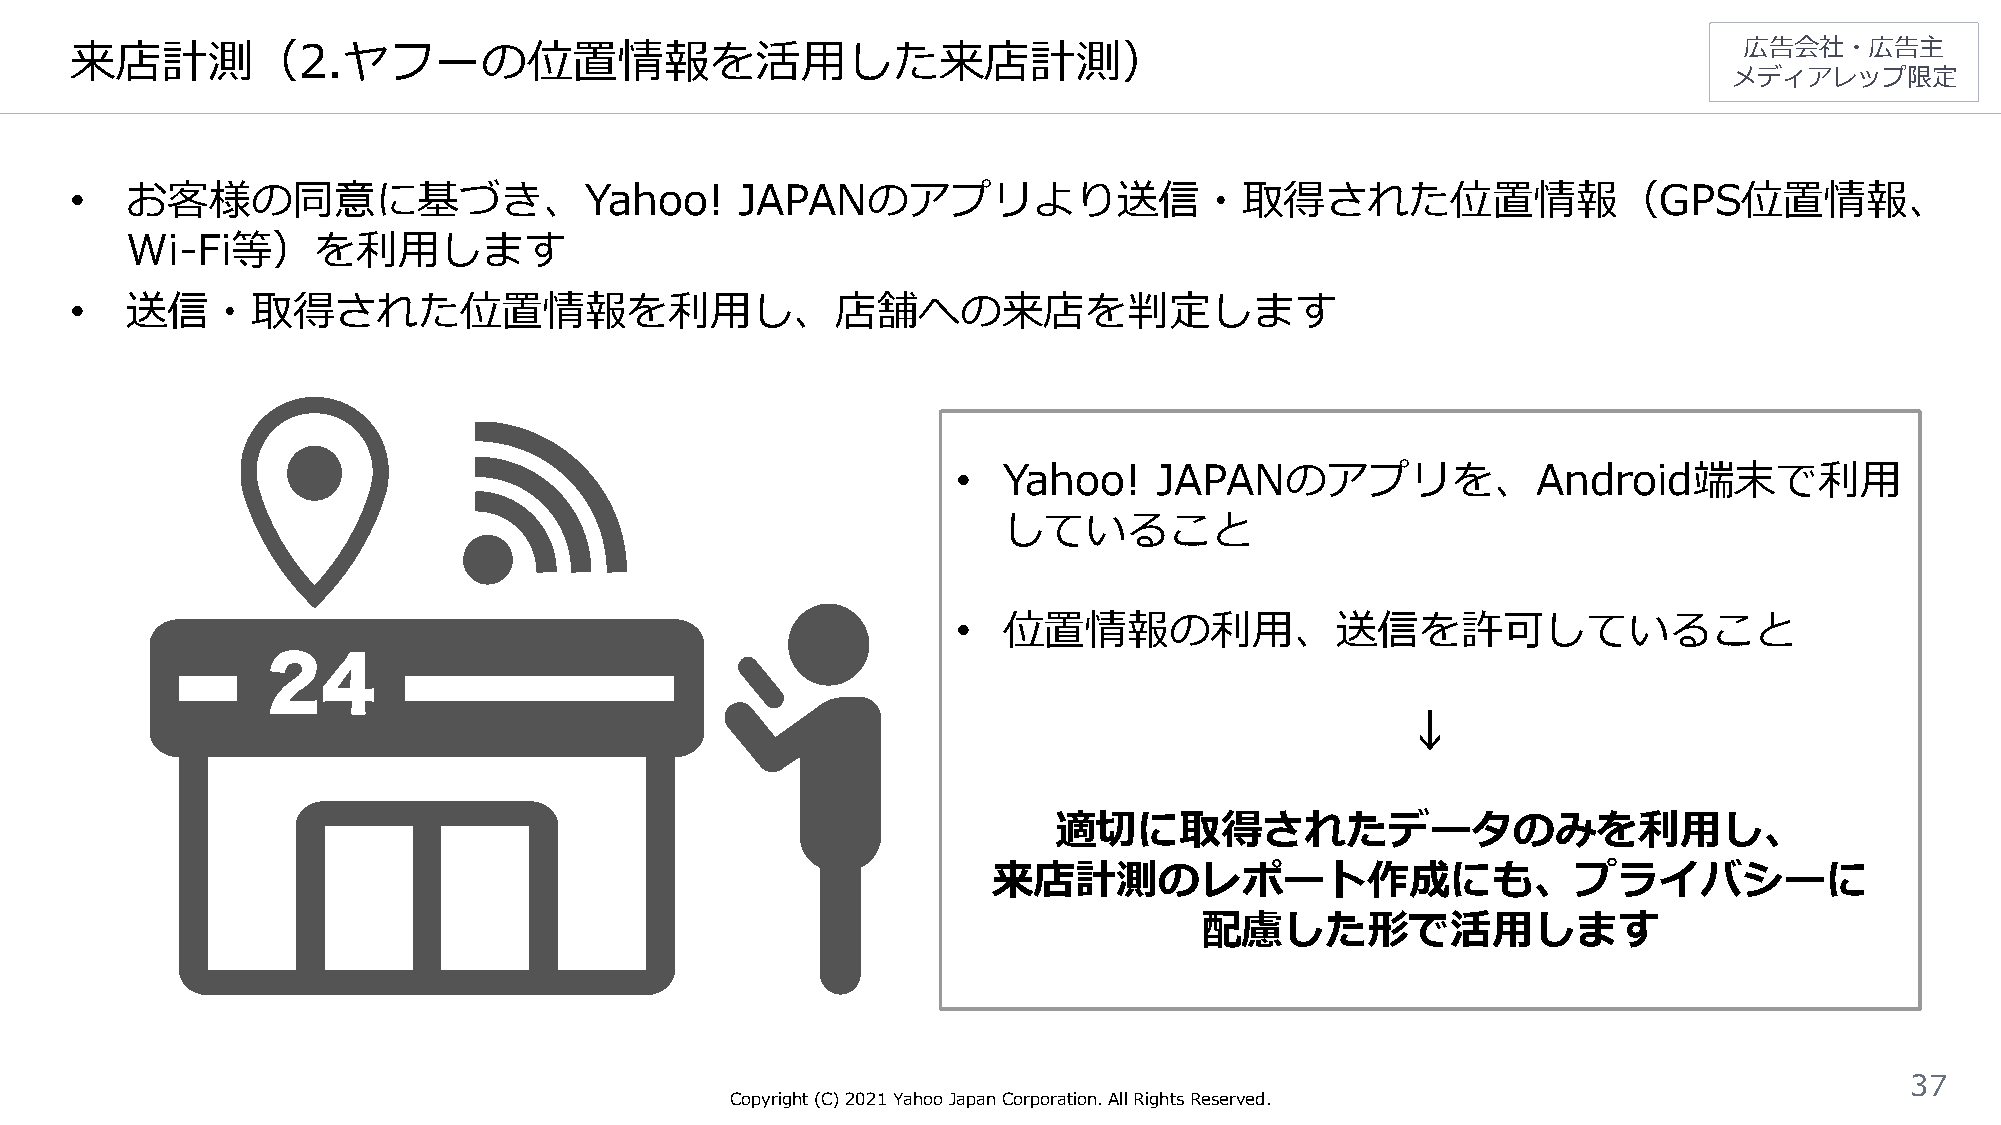
来店計測（2.ヤフーの位置情報を活用した来店計測）                                                                                     広告会社・広告主
 メディアレップ限定
 •  お客様の同意に基づき、Yahoo!                        JAPANのアプリより送信・取得された位置情報（GPS位置情報、
 Wi-Fi等）を利用します
 •  送信・取得された位置情報を利用し、店舗への来店を判定します
 •  Yahoo!    JAPANのアプリを、Android端末で利用
 していること
 •  位置情報の利用、送信を許可していること
 ↓
 適切に取得されたデータのみを利用し、
 来店計測のレポート作成にも、プライバシーに
 配慮した形で活用します
 37
 Copyright (C)2021Yahoo Japan Corporation. All Rights Reserved.